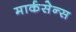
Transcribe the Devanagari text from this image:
मार्कसेन्स